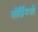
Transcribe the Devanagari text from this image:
बोर्डिंगची